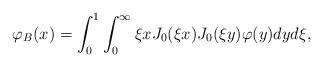
LaTeX: \begin{align*}\varphi_B(x)=\int_0^{1}\int_0^{\infty}\xi xJ_0(\xi x)J_0(\xi y)\varphi(y)dyd\xi,\end{align*}